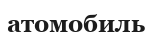
атомобиль